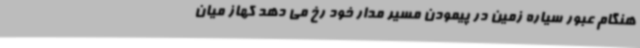
هنگام عبور سیاره زمین در پیمودن مسیر مدار خود رخ می دهد کهاز میان